Scottish Leaving Certificate Examination, 1951
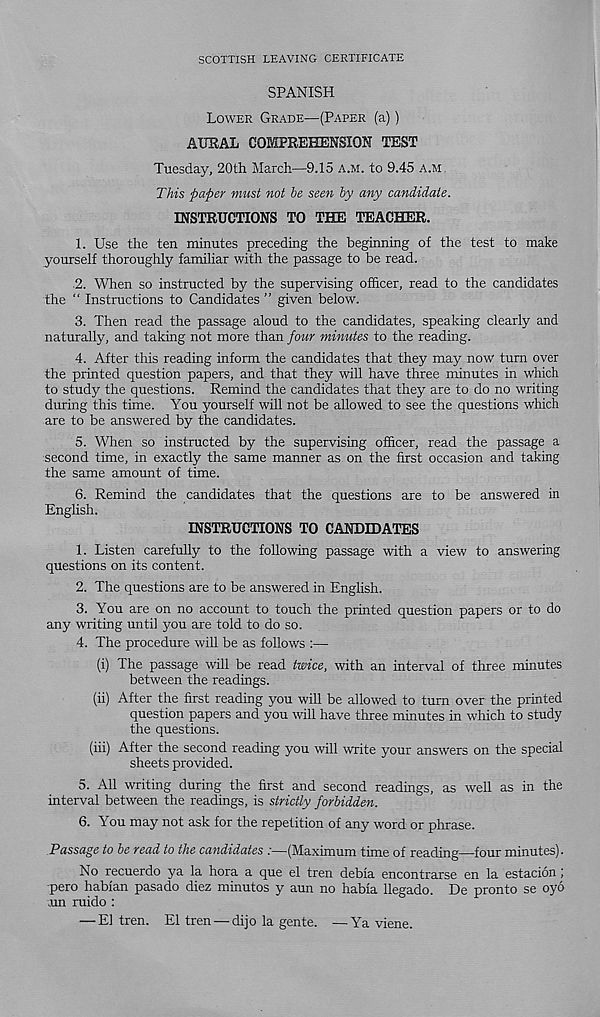
SCOTTISH LEAVING CERTIFICATE
SPANISH
Lower Grade—(Paper (a))
AURAL COMPREHENSION TEST
Tuesday, 20th March—9.15 a.m. to 9.45 A.M,
This paper must not be seen by any candidate.
INSTRUCTIONS TO THE TEACHER.
1. Use the ten minutes preceding the beginning of the test to make
yourself thoroughly familiar with the passage to be read.
2. When so instructed by the supervising officer, read to the candidates
the “ Instructions to Candidates ” given below.
3. Then read the passage aloud to the candidates, speaking clearly and
naturally, and taking not more than four minutes to the reading.
4. After this reading inform the candidates that they may now turn over
the printed question papers, and that they will have three minutes in which
to study the questions. Remind the candidates that they are to do no writing
during this time. You yourself will not be allowed to see the questions which
are to be answered by the candidates.
5. When so instructed by the supervising officer, read the passage a
second time, in exactly the same manner as on the first occasion and taking
the same amount of time.
6. Remind the candidates that the questions are to be answered in
English.
INSTRUCTIONS TO CANDIDATES
1. Listen carefully to the following passage with a view to answering
questions on its content.
2. The questions are to be answered in English.
3. You are on no account to touch the printed question papers or to do
any writing until you are told to do so.
4. The procedure will be as follows :—
(i) The passage will be read twice, with an interval of three minutes
between the readings.
(ii) After the first reading you will be allowed to turn over the printed
question papers and you will have three minutes in which to study
the questions.
(iii) After the second reading you will write your answers on the special
sheets provided.
5. All writing during the first and second readings, as well as in the
interval between the readings, is strictly forbidden.
6. You may not ask for the repetition of any word or phrase.
Passage to be read to the candidates :—(Maximum time of reading—four minutes).
No recuerdo ya la hora a que el tren debia encontrarse en la estacion;
•pero habian pasado diez minutos y aun no habia llegado. De pronto se oyo
xm ruido :
— El tren. El tren — dijo la gente. —Ya viene.